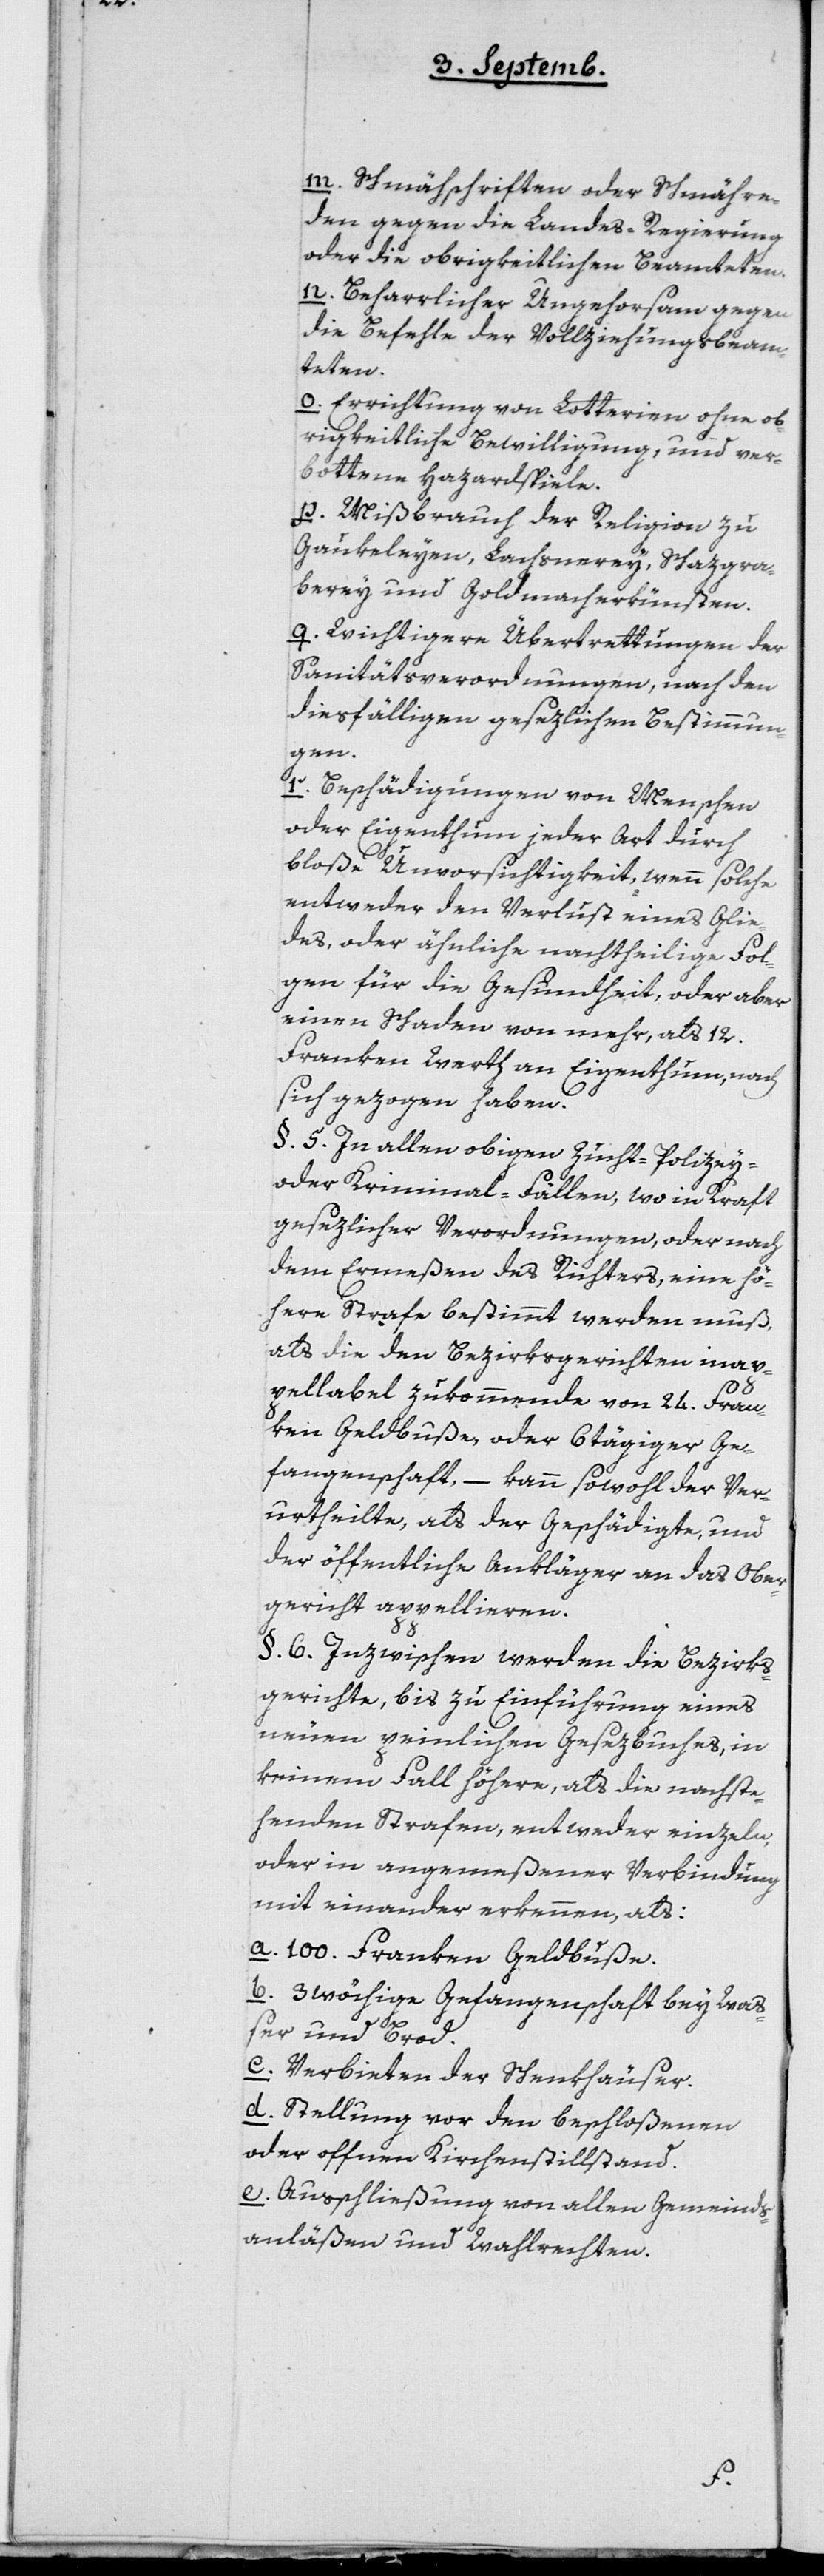
m. Schmähschriften oder Schmähre¬
den gegen die Landes-Regierung
oder die obrigkeitlichen Beamteten.
n. Beharrlicher Ungehorsam gegen
die Befehle der Vollziehungsbeam¬
teten.
o. Errichtung von Lotterien ohne ob¬
rigkeitliche Bewilligung, und ver¬
bottene Hazardspiele.
p. Mißbrauch der Religion zu
Gaukeleyen, Lachsnerey, Schazgrä¬
berey und Goldmacherkünsten.
q. Wichtigere Übertrettungen der
Sanitätsverordnungen, nach den
diesfälligen geszlichen Bestimmun¬
gen.
r. Beschädigungen von Menschen
oder Eigenthum jeder Art durch
bloße Unvorsichtigkeit, wenn solche
entweder den Verlust eines Glie¬
des, oder ähnliche nachtheilige Fol¬
gen für die Gesundheit oder aber
einen Schaden von mehr als 12
Franken Werth an Eigenthum nach
sich gezogen haben.
§ 5. In allen obigen Zucht-Polizey-
oder Kriminal-Fällen, wo in Kraft
gesezlicher Verordnungen, oder nach
dem Ermeßen des Richters, eine hö¬
here Strafe bestimmt werden muß,
als die den Bezirksgerichten inap¬
pellabel zukommende von 24 Fran¬
ken Geldbuße, oder 6 tägiger Ge¬
fangenschaft, – kann sowohl der Ver¬
urtheilte, als der Geschädigte und
der öffentliche Ankläger an das Ober¬
gericht appellieren.
§ 6. Inzwischen werden die Bezirks¬
gerichte, bis zu Einführung eines
neuen peinlichen Gesezbuches, in
keinem Fall höhere, als die nachste¬
henden Strafen, entweder einzeln
oder in angemeßener Verbindung
mit einander erkennen, als:
a. 100 Franken Geldbuße.
b. 3 wöchige Gefangenschaft bey Waß¬
er und Brod.
c. Verbieten der Schenkhäuser.
d. Stellung vor den beschloßenen
oder offenen Kirchenstillstand.
e. Ausschließung von allen Gemeinds¬
anläßen und Wahlrechten.